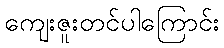
ကျေးဇူးတင်ပါကြောင်း